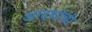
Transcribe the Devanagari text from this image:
आदर्शाची